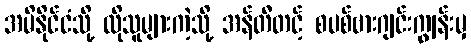
အမိနိုင်ငံသို့ ထိုသူများကဲ့သို့ အန်တီတင့် စပစ်ဗားဂျင်းကျွန်းမှ